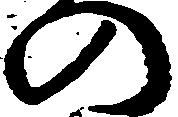
の